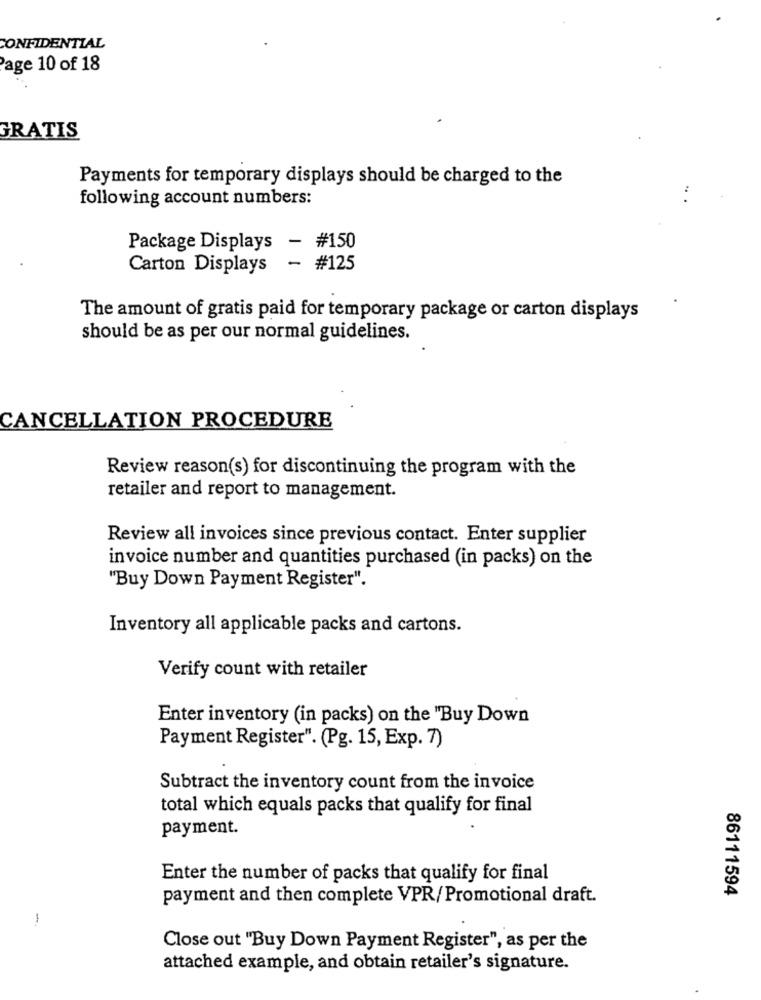
CONFIDENTIAL
Page 10 of 18
GRATIS
Payments for temporary displays should be charged to the
following account numbers:
Package Displays
- #150
Carton Displays
- #125
The amount of gratis paid for temporary package or carton displays
should be as per our normal guidelines.
CANCELLATION PROCEDURE
Review reason(s) for discontinuing the program with the
retailer and report to management.
Review all invoices since previous contact. Enter supplier
invoice number and quantities purchased (in packs) on the
"Buy Down Payment Register".
Inventory all applicable packs and cartons.
Verify count with retailer
Enter inventory (in packs) on the "Buy Down
Payment Register". (Pg. 15, Exp. 7)
Subtract the inventory count from the invoice
total which equals packs that qualify for final
payment.
Enter the number of packs that qualify for final
86111594
payment and then complete VPR/Promotional draft.
-
Close out "Buy Down Payment Register", as per the
attached example, and obtain retailer's signature.